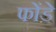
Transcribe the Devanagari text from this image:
फोंडे